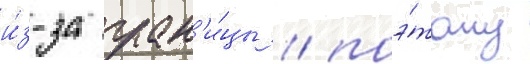
и́з-за гран'и́цы / поэ́тому